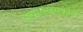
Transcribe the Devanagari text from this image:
अल्पसंख्यकाचे